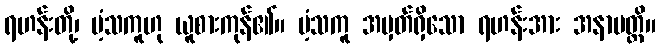
ရဟန်းတို့၊ ပံ့သကူဟု ယူစားကုန်၏။ ပံ့သကူ အမှတ်ရှိသော ရဟန်းအား အနာပတ္တိ။